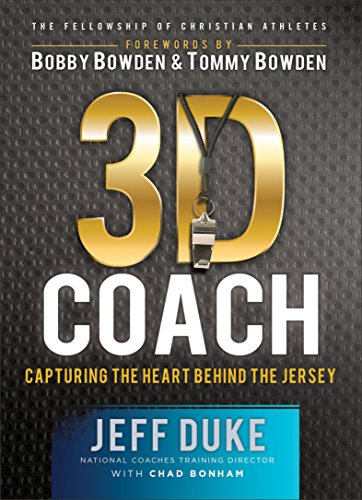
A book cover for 3D Coach: Capturing the Heart Behind the Jersey (Heart of a Coach); Jeff Duke; Christian Books & Bibles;